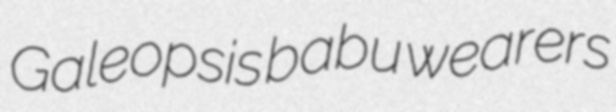
Galeopsis babu wearers